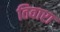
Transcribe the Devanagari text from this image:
तिवारा